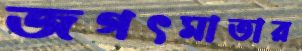
জগৎমাতার